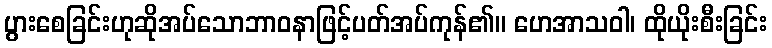
ပွားစေခြင်းဟုဆိုအပ်သောဘာဝနာဖြင့်ပတ်အပ်ကုန်၏။ ဟေအာသဝါ၊ ထိုယိုးစီးခြင်း